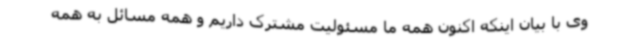
وی با بیان اینکه اکنون همه ما مسئولیت مشترک داریم و همه مسائل به همه